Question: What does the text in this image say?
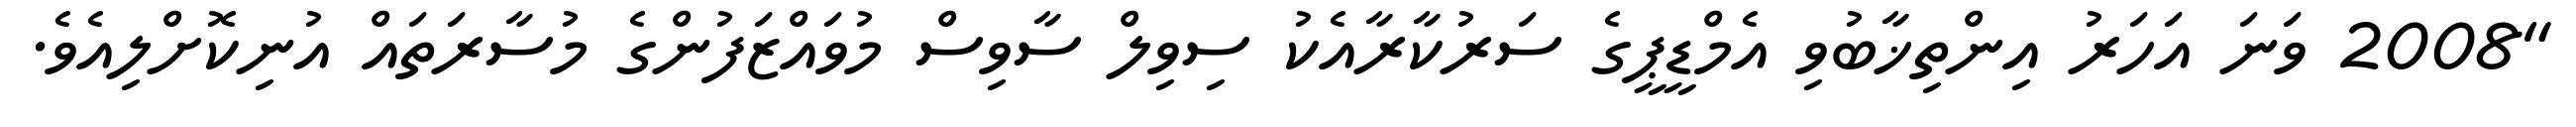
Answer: "2008 ވަނަ އަހަރު އިންތިޚާބުވި އެމްޑީޕީގެ ސަރުކާރާއެކު ސިވިލް ސާވިސް މުވައްޒަފުންގެ މުސާރަތައް އުނިކޮށްލިއެވެ.